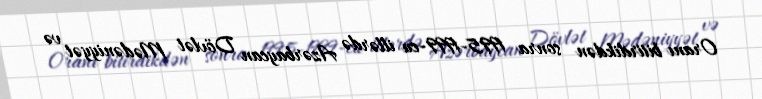
Oranı bitirdikdən sonra 1995-1999-cu illərdə Azərbaycan Dövlət Mədəniyyət və